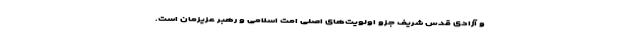
و آزادی قدس شریف جزو اولویت‌های اصلی امت اسلامی و رهبر عزیزمان است.